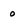
Character: 0